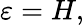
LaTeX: \varepsilon=H,